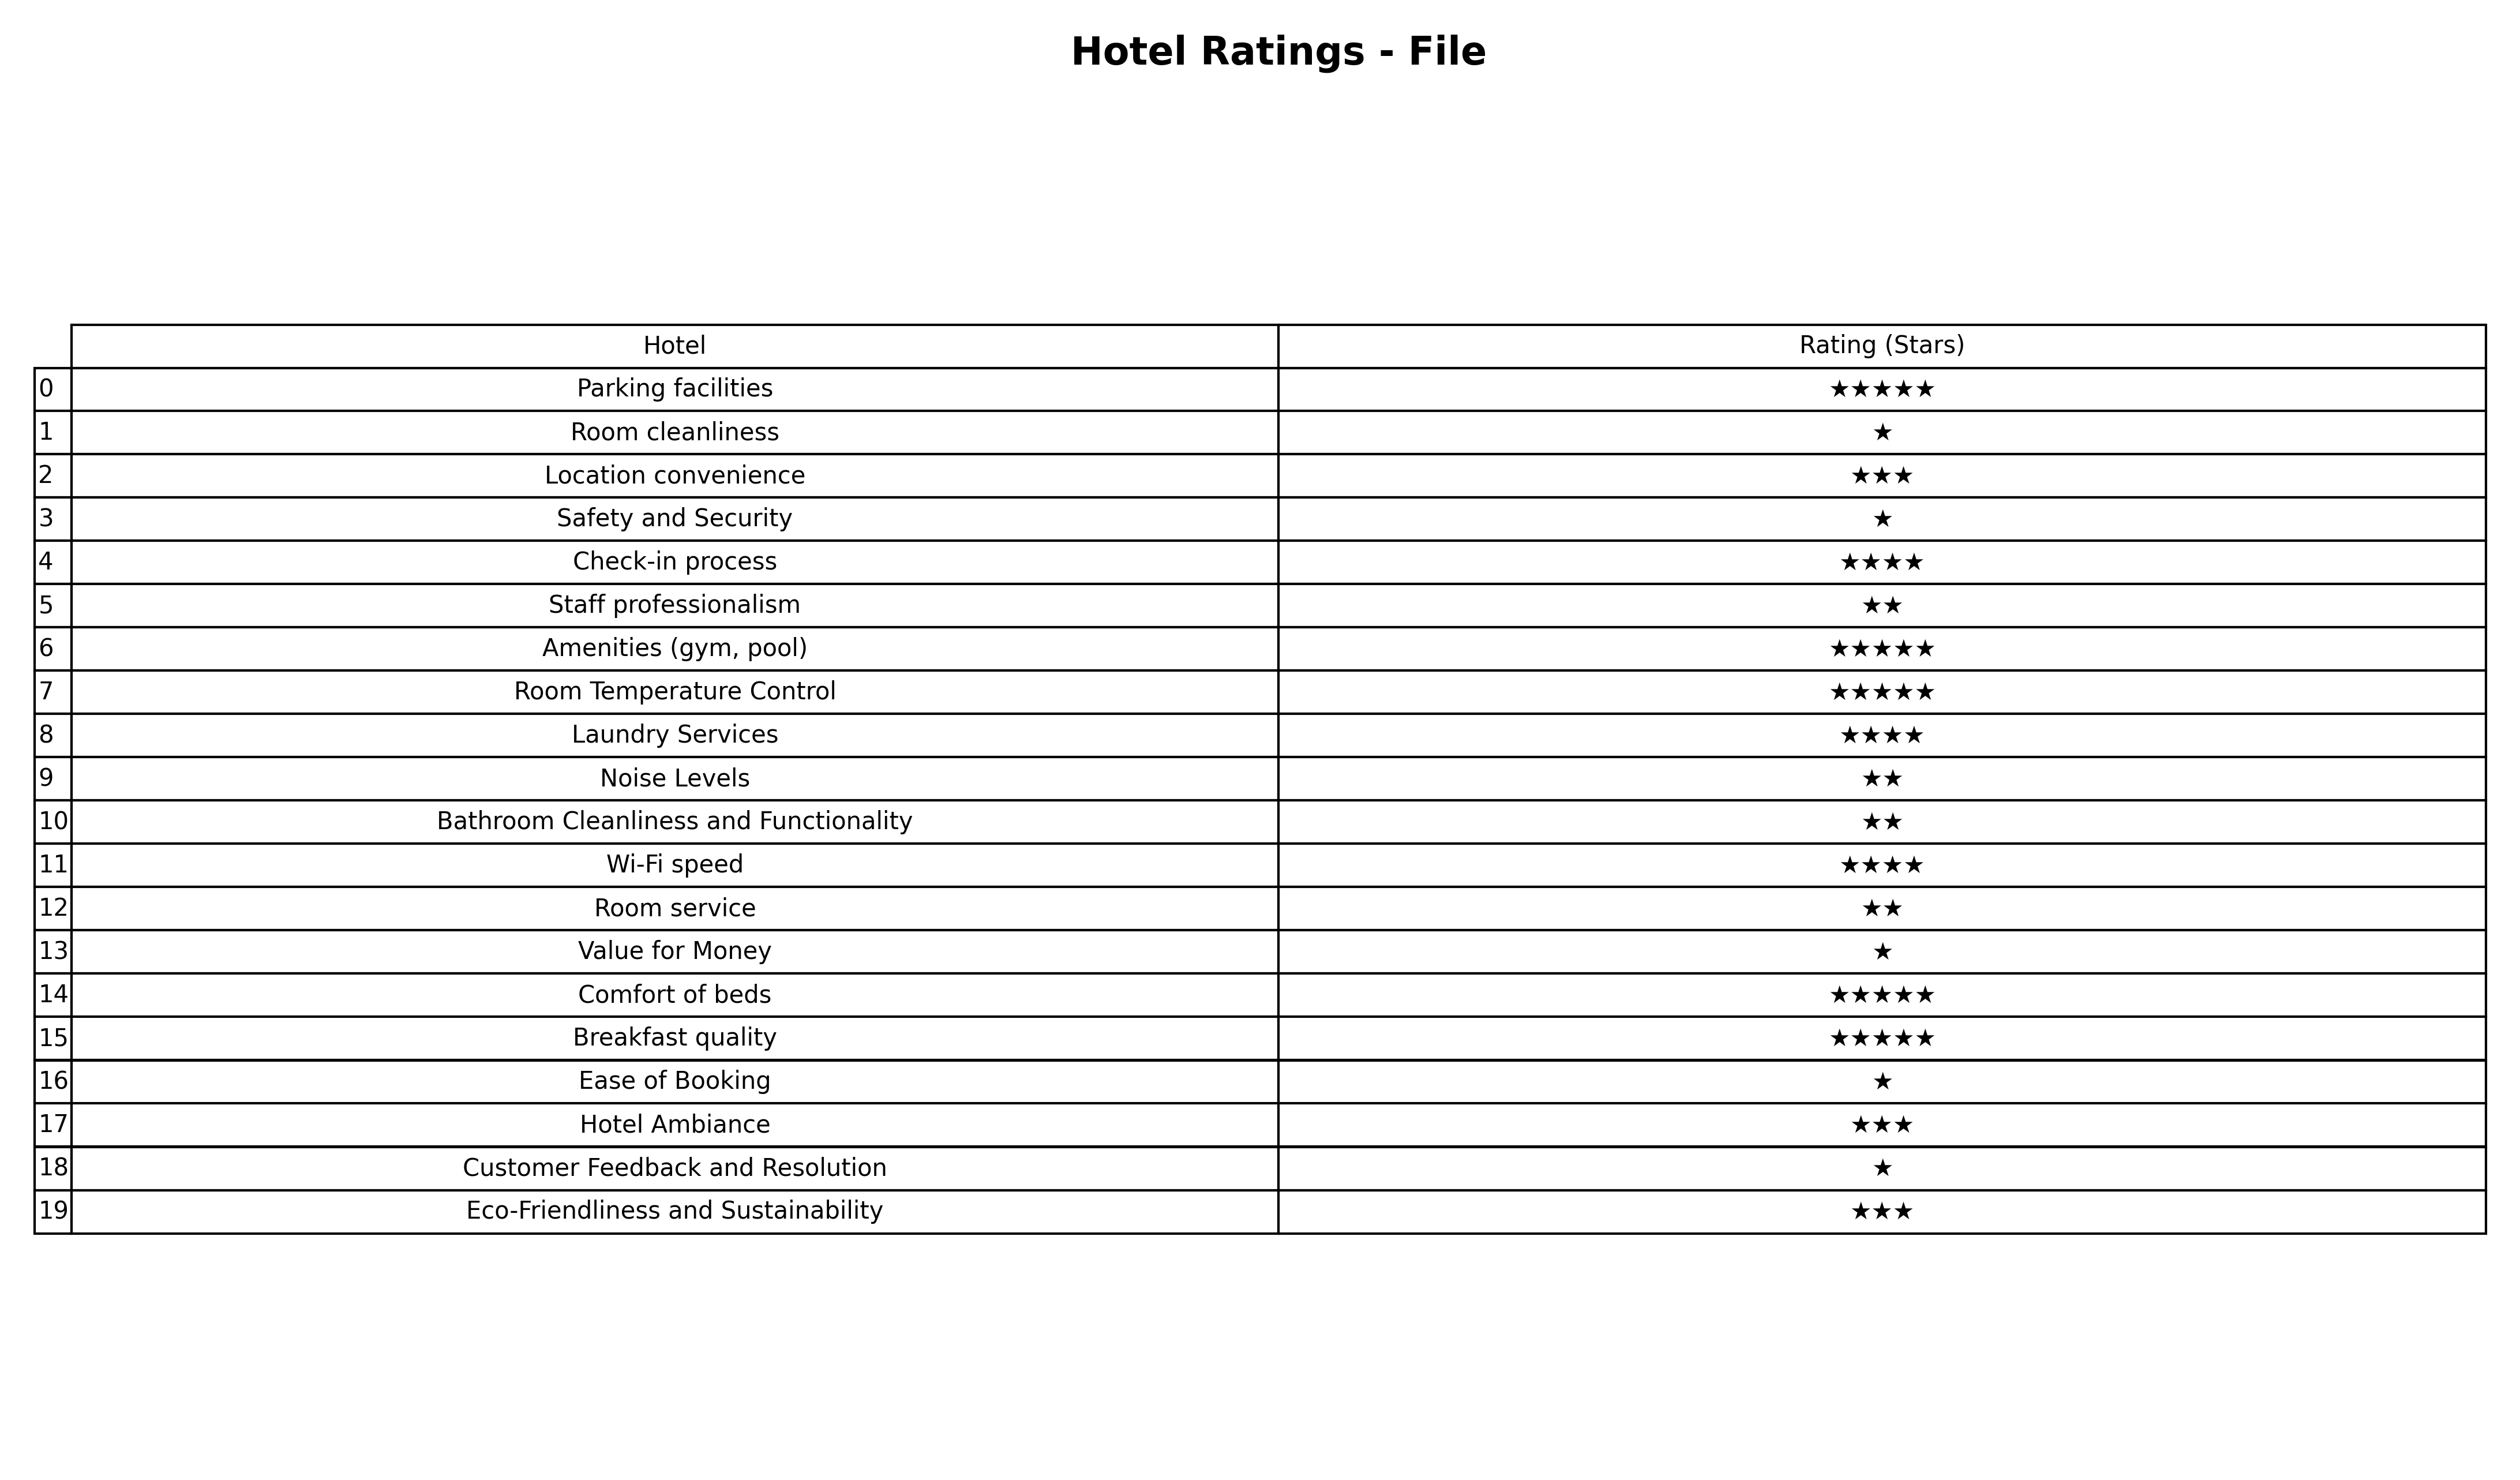
question: What are lowest rating services?
answer: Check-in processLaundry ServicesWi-Fi speed